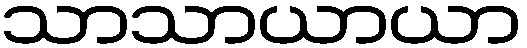
သာသာယာယာ